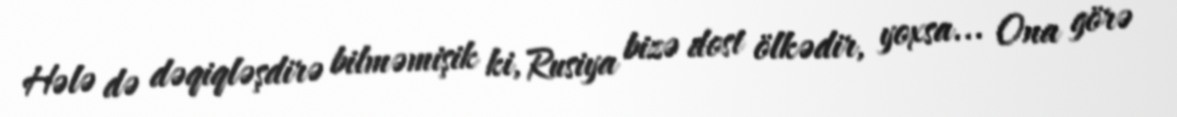
Hələ də dəqiqləşdirə bilməmişik ki, Rusiya bizə dost ölkədir, yoxsa... Ona görə